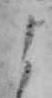
よ